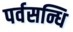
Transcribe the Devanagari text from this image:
पर्वसन्धि